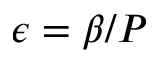
\epsilon = \beta / P